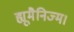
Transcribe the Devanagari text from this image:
ह्यूमैनिज्म।